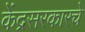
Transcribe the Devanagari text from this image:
केंद्रसरकारचे